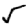
Digit: 5